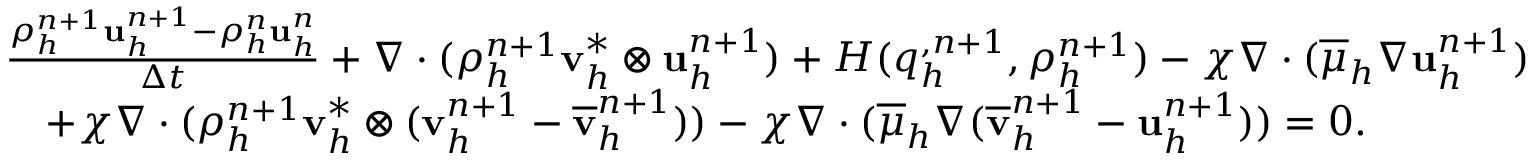
\begin{array} { r l } & { \frac { \rho _ { h } ^ { n + 1 } \mathbf u _ { h } ^ { n + 1 } - \rho _ { h } ^ { n } \mathbf u _ { h } ^ { n } } { \Delta t } + \nabla \cdot ( \rho _ { h } ^ { n + 1 } \mathbf v _ { h } ^ { * } \otimes \mathbf u _ { h } ^ { n + 1 } ) + H ( q _ { h } ^ { , n + 1 } , \rho _ { h } ^ { n + 1 } ) - \chi \nabla \cdot ( \overline { { \mu } } _ { h } \nabla { \mathbf u } _ { h } ^ { n + 1 } ) } \\ & { \quad + \chi \nabla \cdot ( \rho _ { h } ^ { n + 1 } \mathbf v _ { h } ^ { * } \otimes ( \mathbf v _ { h } ^ { n + 1 } - \overline { { \mathbf v } } _ { h } ^ { n + 1 } ) ) - \chi \nabla \cdot ( \overline { { \mu } } _ { h } \nabla ( \overline { { \mathbf v } } _ { h } ^ { n + 1 } - { \mathbf u } _ { h } ^ { n + 1 } ) ) = \boldsymbol { 0 } . } \end{array}